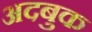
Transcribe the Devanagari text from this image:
अदबुक